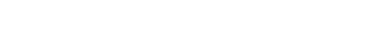
စစ်သွေးကြွအုပ်စု၏ မူပိုင်ခွင့်အခွင့်အရေးများကို အိုင်းရွန်း ၉၀၇